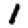
Digit: 1